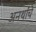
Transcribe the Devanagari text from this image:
अनर्थांचे